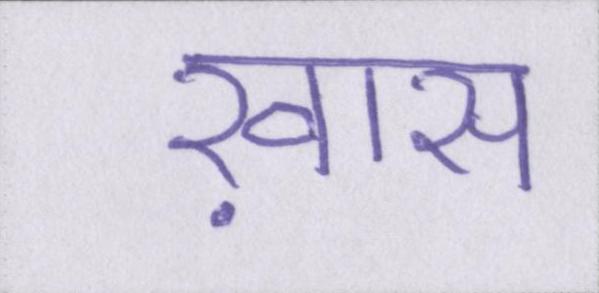
ख़ास